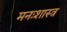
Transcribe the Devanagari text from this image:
मनःशास्त्र